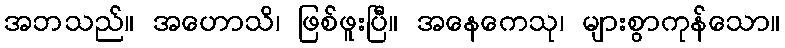
အဘသည်။ အဟောသိ၊ ဖြစ်ဖူးပြီ။ အနေကေသု၊ များစွာကုန်သော။